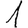
Digit: 1